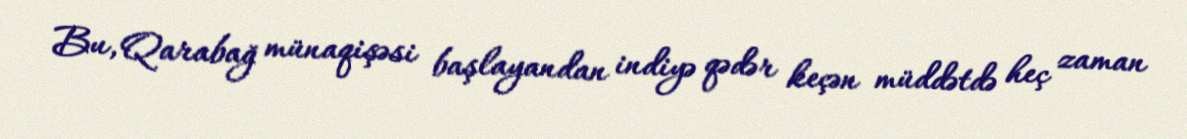
Bu, Qarabağ münaqişəsi başlayandan indiyə qədər keçən müddətdə heç zaman